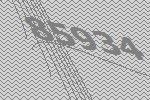
85934